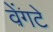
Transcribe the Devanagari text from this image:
वेंगटे